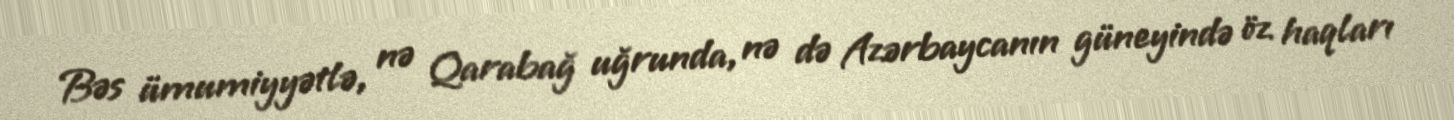
Bəs ümumiyyətlə, nə Qarabağ uğrunda, nə də Azərbaycanın güneyində öz haqları